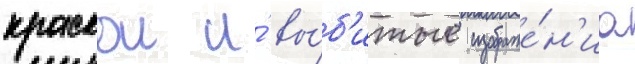
краскои и́ вы́б'итые изображе́н'иа